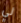
لي